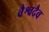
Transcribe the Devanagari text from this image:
वैश्वदैव